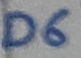
Text: D6